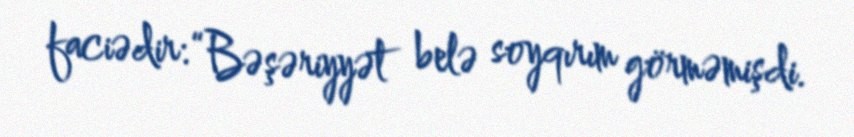
faciədir: “Bəşəriyyət belə soyqırım görməmişdi.